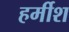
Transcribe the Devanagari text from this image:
हर्मीश